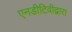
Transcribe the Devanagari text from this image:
एनडीटिवीद्वारा